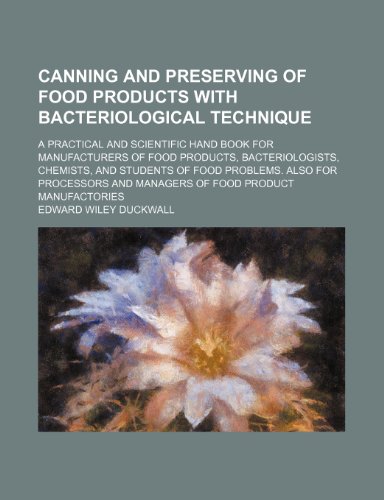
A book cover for Canning and preserving of food products with bacteriological technique; a practical and scientific hand book for manufacturers of food products, ... problems. Also for processors and managers of; Edward Wiley Duckwall; Cookbooks, Food & Wine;